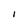
Character: l